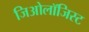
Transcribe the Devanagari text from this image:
जिओलॉजिस्ट